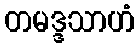
တမဒ္ဒသာဟံ